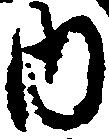
内